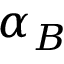
\alpha _ { B }